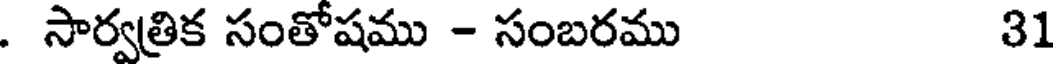
. సార్వత్రిక సంతోషము - సంబరము 31